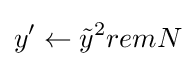
y'\leftarrow {\tilde {y}}^{2}remN